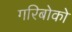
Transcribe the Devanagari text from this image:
गरिबोको